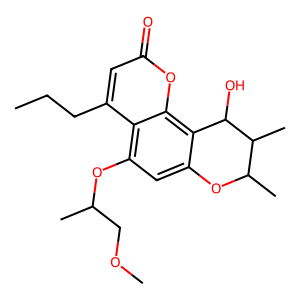
SMILES: CCCc1cc(=O)oc2c3c(cc(OC(C)COC)c12)OC(C)C(C)C3O
Inhibits HIV replication: Yes